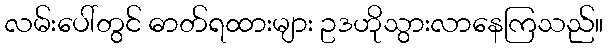
လမ်းပေါ်တွင် ဓာတ်ရထားများ ဥဒဟိုသွားလာနေကြသည်။